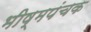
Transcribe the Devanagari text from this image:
भीष्मपंचक